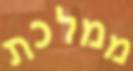
ממלכת